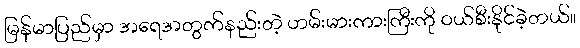
မြန်မာပြည်မှာ အရေအတွက်နည်းတဲ့ ဟမ်းမားကားကြီးကို ဝယ်စီးနိုင်ခဲ့တယ်။